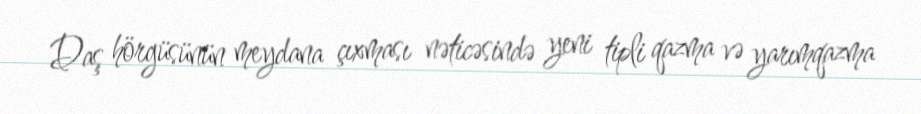
Daş hörgüsünün meydana çıxması nəticəsində yeni tipli qazma və yarımqazma